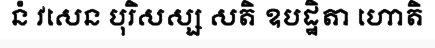
នំ វសេន បុរិសស្ស សតិ ឧបដ្ឋិតា ហោតិ